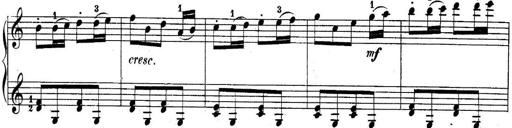
Title: 10 Sonatines progressives
Composer: Anton Schmoll